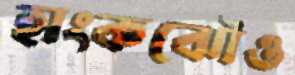
হাংকঝৌও